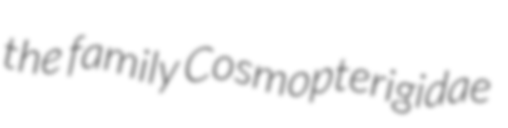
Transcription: the family Cosmopterigidae